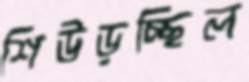
শিউড়চ্ছিল